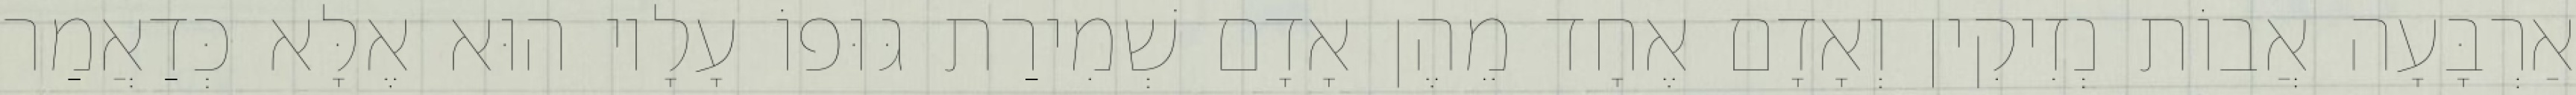
אַרְבָּעָה אֲבוֹת נְזִיקִין וְאָדָם אֶחָד מֵהֶן אָדָם שְׁמִירַת גּוּפוֹ עָלָיו הוּא אֶלָּא כְּדַאֲמַר